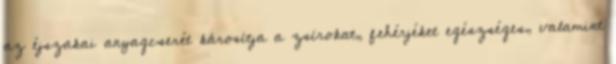
az éjszakai anyagcserét károsítja a zsírokat, fehérjéket egészséges, valamint